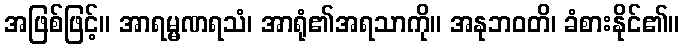
အဖြစ်ဖြင့်။ အာရမ္မဏရသံ၊ အာရုံ၏အရသာကို။ အနုဘဝတိ၊ ခံစားနိုင်၏။